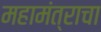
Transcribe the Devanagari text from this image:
महामंत्राचा